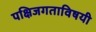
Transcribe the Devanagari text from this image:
पक्षिजगताविषयी